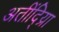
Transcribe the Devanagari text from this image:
अतींद्य्राि